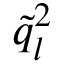
\tilde { q } _ { l } ^ { 2 }